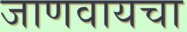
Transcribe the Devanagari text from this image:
जाणवायचा